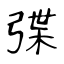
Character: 弽